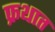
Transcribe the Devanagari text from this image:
फ्रथात